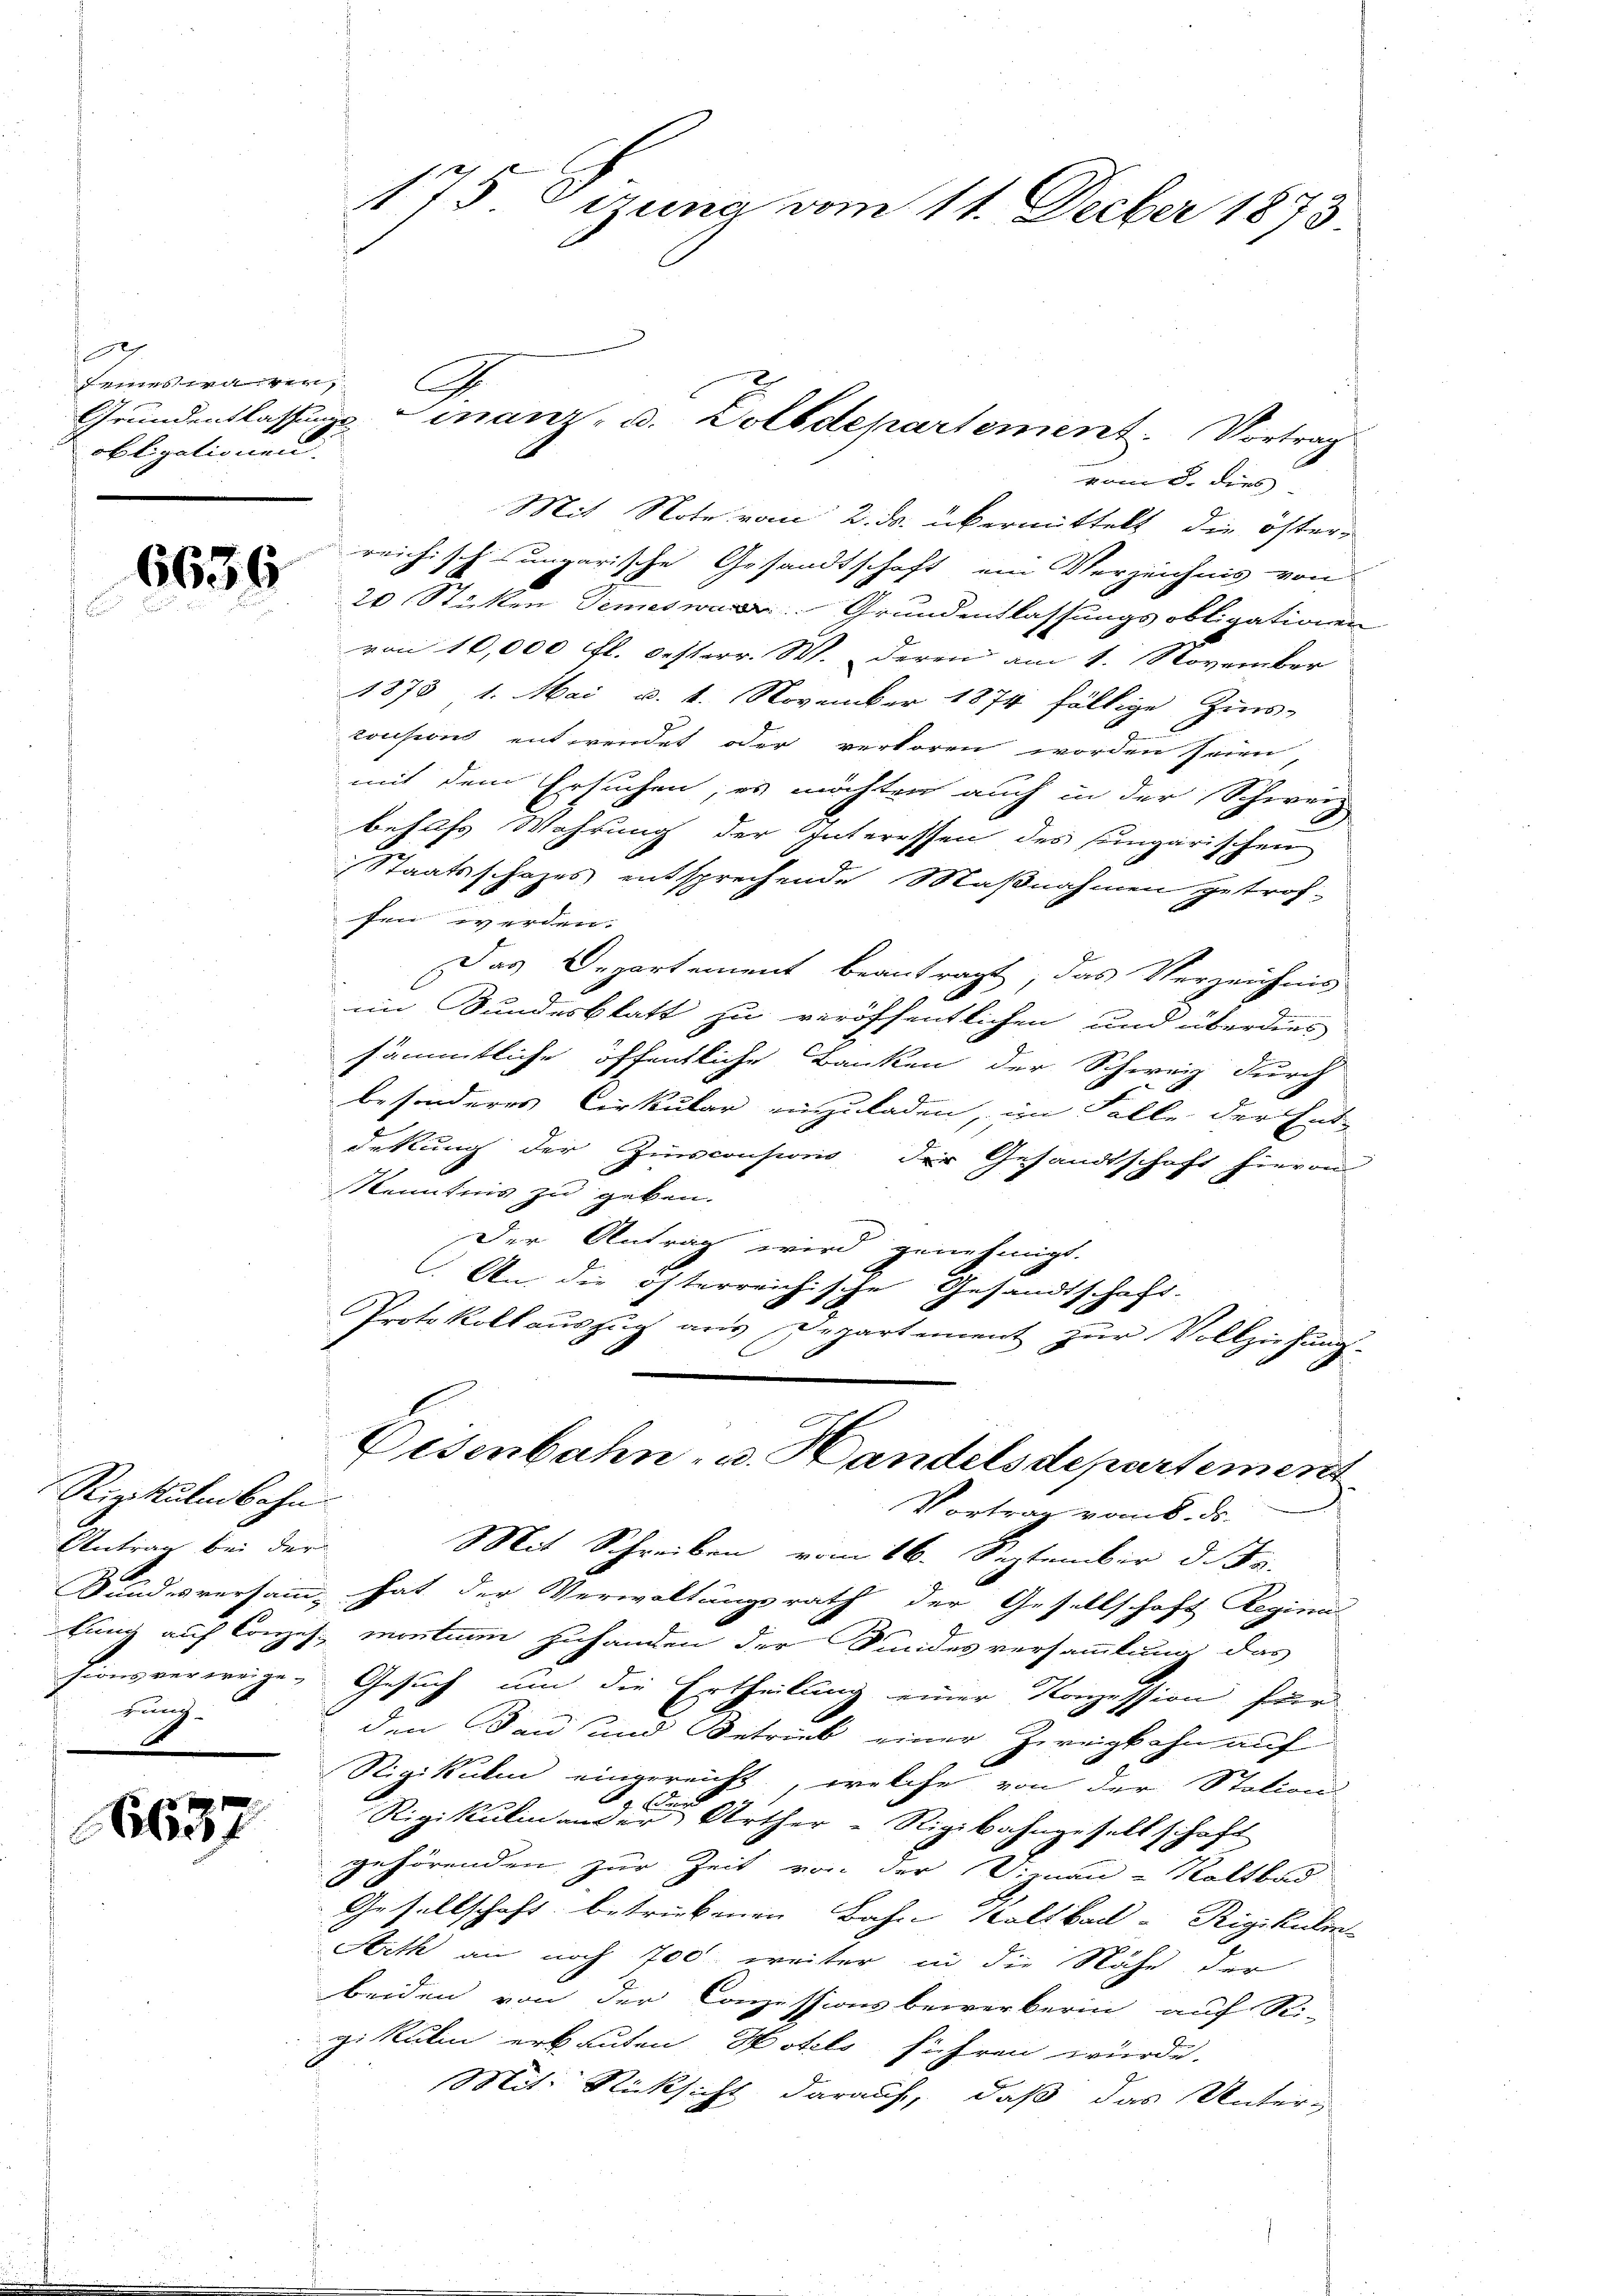
0
versten ver
obligationen.

6637

6636

vom 5. dies
20 Stickten Semes. Grundentlassungsobligationen
von 10,000 fl. besterr. W. deren am 1. November
1873 1. Mai v. 1. November 1874 fällige Zins-
cousions entwendet oder verkoren worden seien
mit dem Ersuchen, es möchten auch in der Schweiz
behufs Wahrung der Interessen des Eingarischen
Staatsschafes entsprechende Maßnahmen getroffen werden.
Das Departement beantragt, das Verzeichnis
im Bundesblatt zu veröffentlichen und überdies
sämmtliche öffentliche Banken der Schweiz durch
besonderes Cirkular einzuladen, im Falle der Ent-
dekung der Zinsconsionis der Gesandtschaft hievon
Kenntnis zu geben.
Der Antrag wird genehmigt.
An die österreichische Gesandtschaft-
Protokollauszug aus Departement zur Vollziehung-
Disenbahn- u. Handelsdepartement
Vortrag vom 8. ds.
Mit Schreiben vom 16. September d. Js.
Bundesversamm, hat der Verwaltungsrath der Gesellschaft Reginn
fung auf Conzes montin zuhanden der Sindesversammlung das
sionsverweige. Gesuch um die Ertheilung einer Konzession für
den an und Betrieb einer Zweigkahn auf
Rigikulm eingereicht, welche von der Station
Rigikulin ander Urther "Rigibahngesellschaft
gehörenden zur Zeit von der Viznan-Kaltbod
e
Gesellschaft betriebenen Jahre Kaltbach u. Rigikulin
Arth an noch 700 weiter in die Nähe der
beiden von der Conzessionsbewerberin auf Ri-
gikulin erbauten Hotels führen würde.
Mit Rücksicht darauf, daß das Unter-

Rigikulmbahn.
Antrag bei der
rung

175 Ogung vom 11. Decber 1873.

Grundentlassungs Finanz- u. Zolldepartement. Vortrag
.
Mit Note vom 2. ds. übermittelt, die öster-
reichisch-ungarische Gesandtschaft ein Verzeichnis von

G